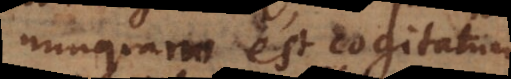
nunquam est cogitatum.